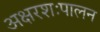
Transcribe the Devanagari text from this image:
अक्षरशःपालन